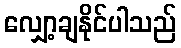
လျှော့ချနိုင်ပါသည်